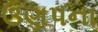
ઉણપના